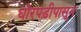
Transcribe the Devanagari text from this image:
घोरपड़ीपासून